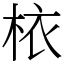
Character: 𣐿